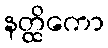
နတ္ထိကော